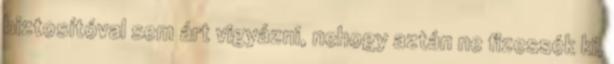
biztosítóval sem árt vigyázni, nehogy aztán ne fizessék ki,